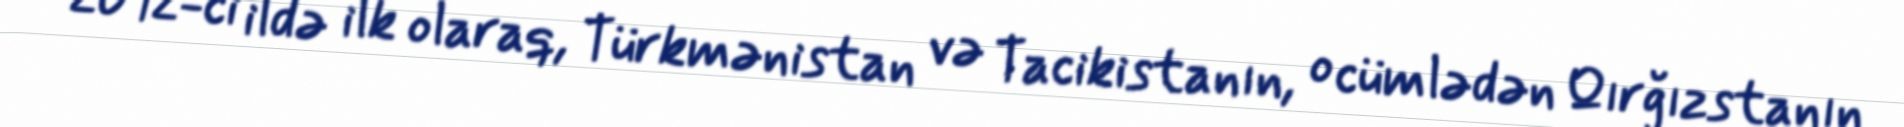
2012-ci ildə ilk olaraq, Türkmənistan və Tacikistanın, o cümlədən Qırğızstanın